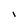
Character: I